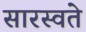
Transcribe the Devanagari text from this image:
सारस्वते